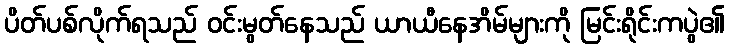
ပိတ်ပစ်လိုက်ရသည် ဝင်းမွတ်နေသည် ယာယီနေအိမ်များကို မြင်းရိုင်းကပွဲ၏